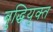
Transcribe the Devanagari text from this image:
बुद्धियुक्‍त